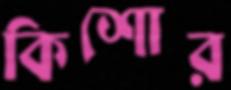
কিশোর